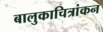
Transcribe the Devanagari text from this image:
बालुकाचित्रांकन